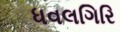
ધવલગિરિ